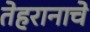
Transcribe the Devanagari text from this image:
तेहरानाचे